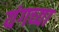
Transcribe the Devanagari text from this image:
यंगच्या